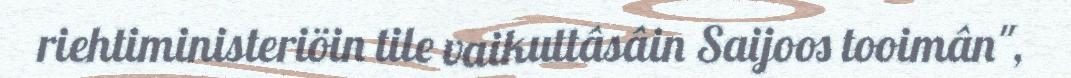
riehtiministeriöin tile vaikuttâsâin Saijoos tooimân",